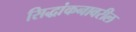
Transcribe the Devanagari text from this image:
सिद्धांकनावरील